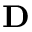
\textbf { D }